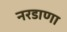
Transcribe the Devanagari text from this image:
नरडाणा